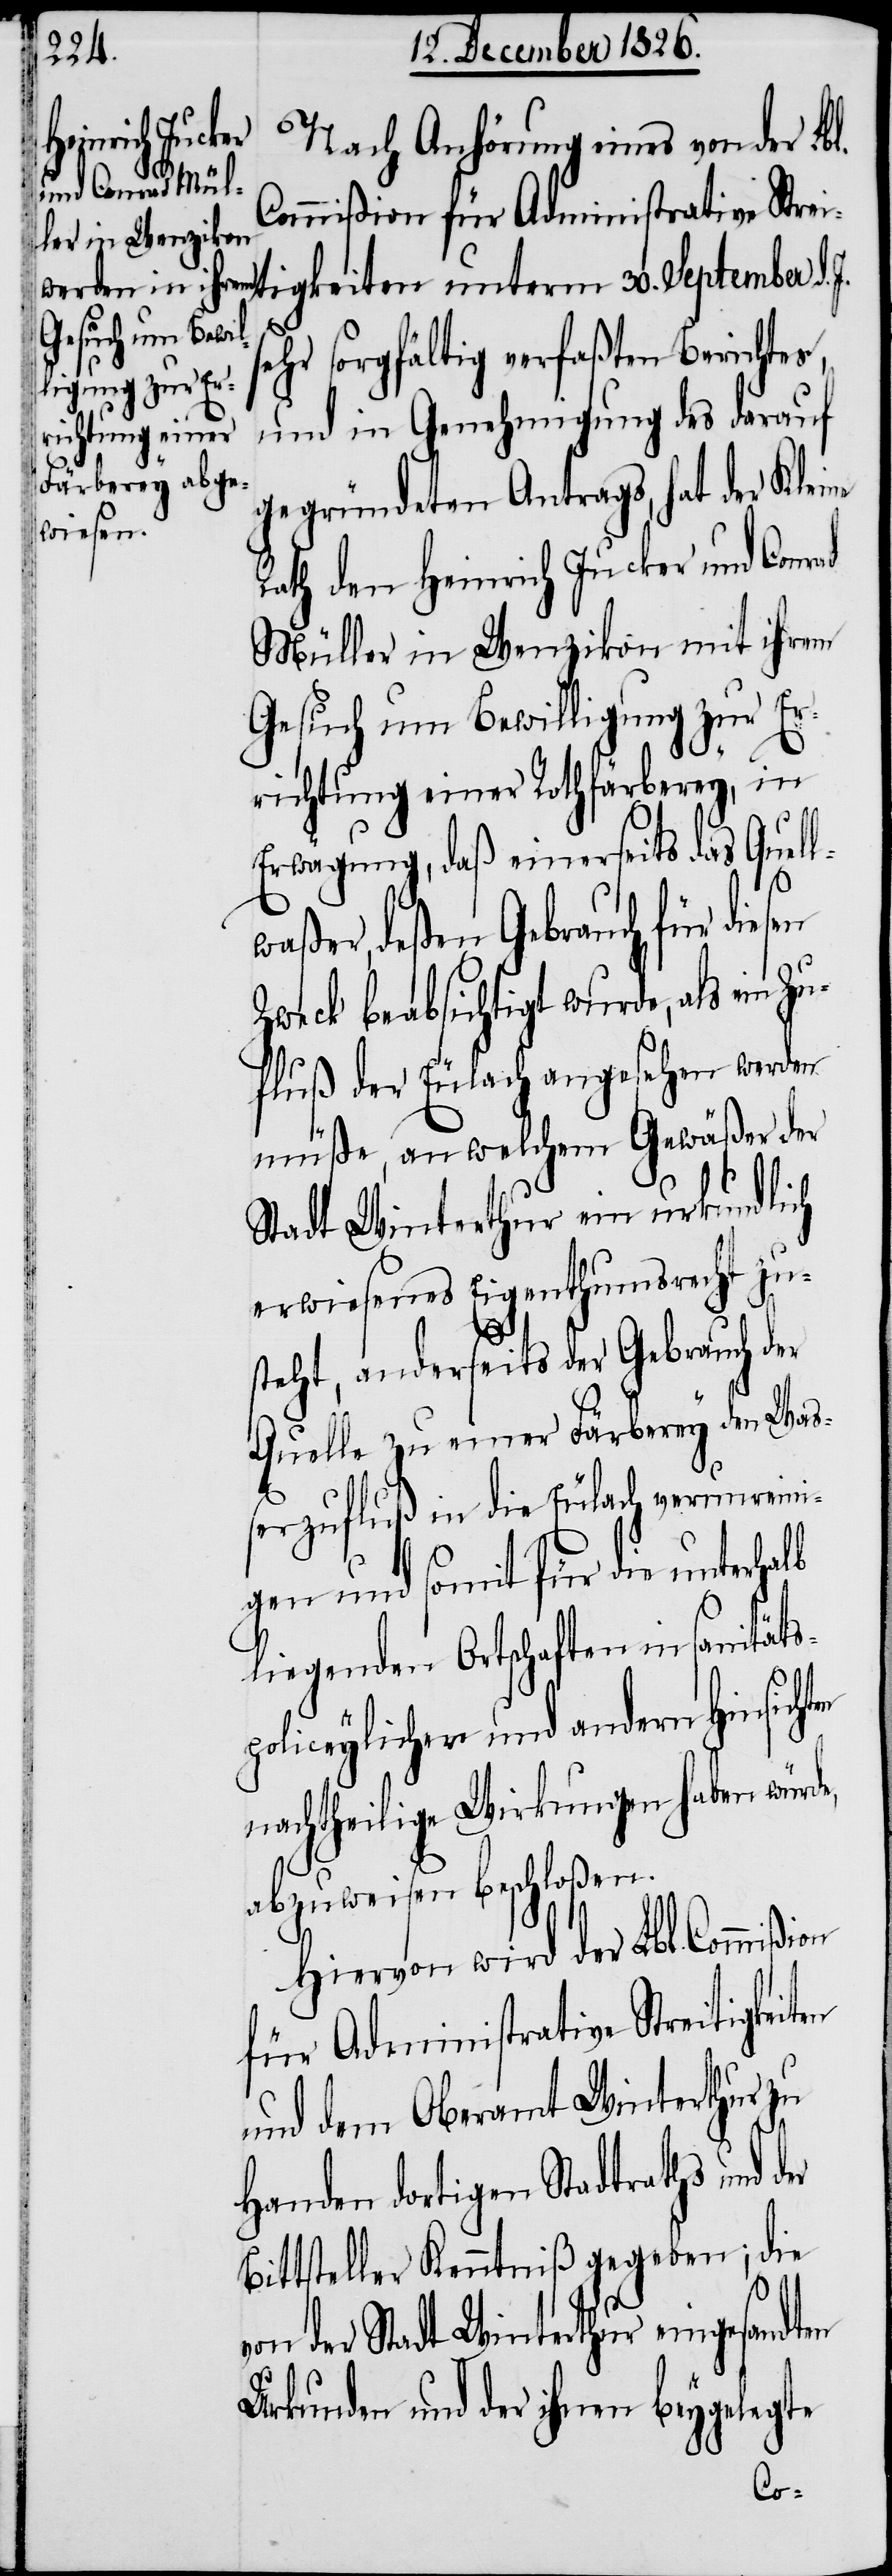
igkeiten unterm
Nach Anhörung eines von der Lbl.
Commißion für Administrative Streit¬
sehr sorgfältig verfaßten Berichtes,
und in Genehmigung des darauf
gegründeten Antrags, hat der Kleine
Rath den Heinrich Jucker und Conrad
Müller in Wenzikon mit ihrem
Gesuch um Bewilligung zur Er¬
richtung einer Rothfärberey, in
Erwägung, daß einerseits das Quell¬
deßen Gebrauch für diesen
Zweck beabsichtigt wurde, als ein Z¬
ufluß der Eulach angesehen werden
müße, an welchem Gewäßer der
Stadt Winterthur ein urkundlich
erwiesenes Eigenthumsrecht zu¬
steht, anderseits der Gebrauch der
Quelle zu einer Färberey den Waß¬
erzufluß in die Eulach verunreini¬
gen und somit für die unterhalb
liegenden Ortschaften in sanitäts¬
policeylichen und andern Hinsicht¬
nachtheilige Wirkungen haben würde,
abzuweisen beschloßen.
Hiervon wird der Lbl. Commißion
für Administrative Streitigkeit¬
und dem Oberamt Winterthur zu
Handen dortigen Stadtrats und der
Bittsteller Kenntniß gegeben; die
von der Stadt Winterthur eingesandten
Urkunden und der ihnen beygelegte
en